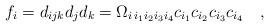
LaTeX: \begin{align*}f_i = d_{i j k} d_j d_k = \Omega_{i\, i_1 i_2 i_3 i_4} c_{i_1} c_{i_2} c_{i_3} c_{i_4} \quad,\end{align*}